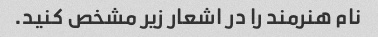
نام هنرمند را در اشعار زیر مشخص کنید.